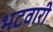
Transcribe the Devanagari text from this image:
भटवारी